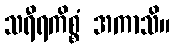
သရီရကိစ္စံ အကာသိ။